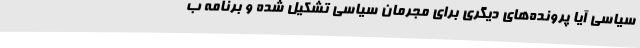
سیاسی آیا پرونده‌های دیگری برای مجرمان سیاسی تشکیل شده و برنامه ب